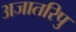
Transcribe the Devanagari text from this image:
अजातरिपु